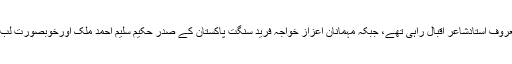
مہمانِ خصوصی صاحبِ شام سہیل احمد لون ا ور معروف استادشاعر اقبال راہی تھے، جبکہ مہمانانِ اعزاز خواجہ فرید سنگت پاکستان کے صدر حکیم سلیم احمد ملک اورخوبصورت لب و لہجہ کی شاعرہ محترمہ شگفتہ غزل ہاشمی تھیں۔